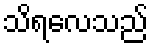
သိရလေသည်